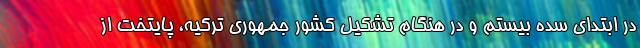
در ابتداي سده بيستم و در هنگام تشكيل كشور جمهوري تركيه، پايتخت از